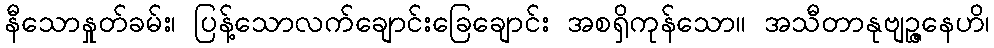
နီသောနှုတ်ခမ်း၊ ပြန့်သောလက်ချောင်းခြေချောင်း အစရှိကုန်သော။ အသီတာနုဗျဉ္ဇနေဟိ၊